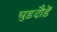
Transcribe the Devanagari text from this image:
घुड़दौड़ें